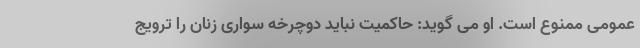
عمومی ممنوع است. او می گوید: حاکمیت نباید دوچرخه سواری زنان را ترویج